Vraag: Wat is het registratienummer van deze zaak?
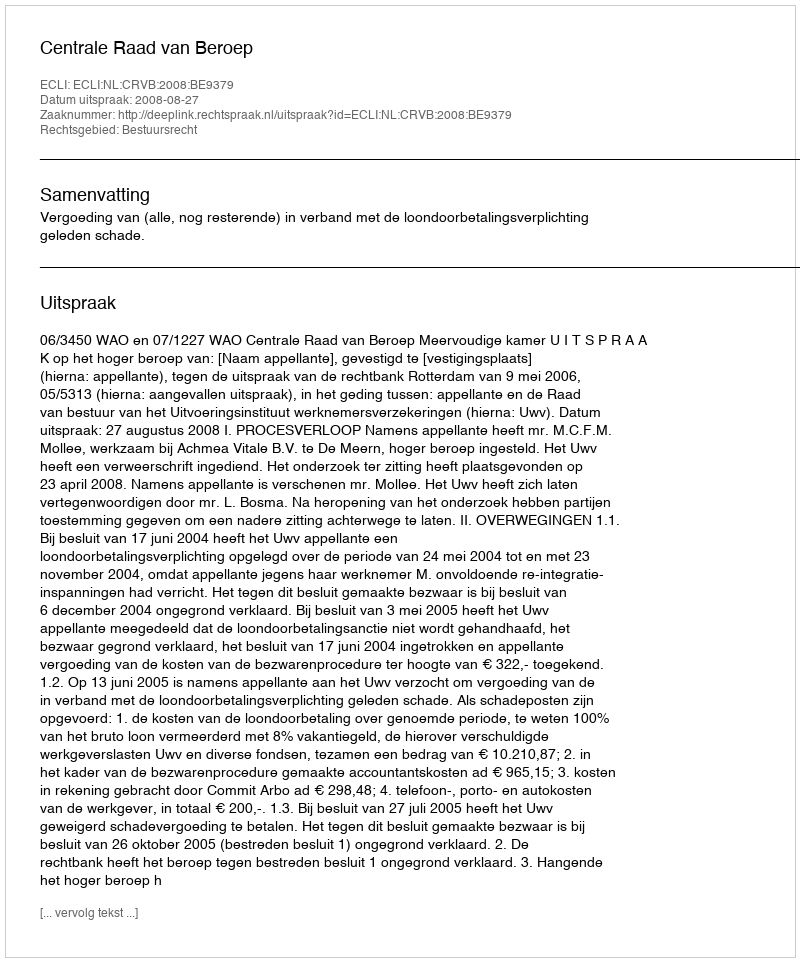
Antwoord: http://deeplink.rechtspraak.nl/uitspraak?id=ECLI:NL:CRVB:2008:BE9379